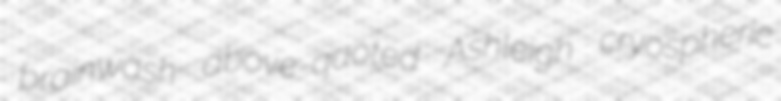
brainwash above-quoted Ashleigh cryospheric